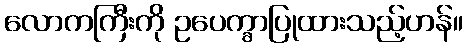
လောကကြီးကို ဥပေက္ခာပြုထားသည့်ဟန်။